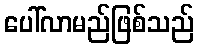
ပေါ်လာမည်ဖြစ်သည်